Plague in India, 1896, 1897 - Volume 3
Year: 1896
Disease focus: Plague
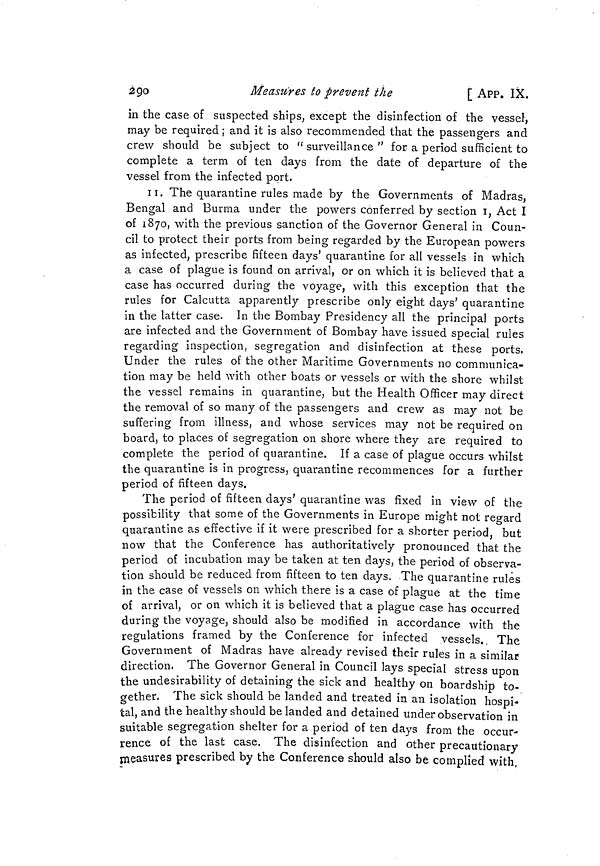
290
Measures to prevent the
[ APP. IX.
in the case of suspected ships, except the disinfection of the vessel,
may be required ; and it is also recommended that the passengers and
crew should be subject to "surveillance" for a period sufficient to
complete a term of ten days from the date of departure of the
vessel from the infected port.
II. The quarantine rules made by the Governments of Madras,
Bengal and Burma under the powers conferred by section I, Act I
of 1870, with the previous sanction of the Governor General in Coun-
cil to protect their ports from being regarded by the European powers
as infected, prescribe fifteen days' quarantine for all vessels in which
a case of plague is found on arrival, or on which it is believed that a
case has occurred during the voyage, with this exception that the
rules for Calcutta apparently prescribe only eight days' quarantine
in the latter case. In the Bombay Presidency all the principal ports
are infected and the Government of Bombay have issued special rules
regarding inspection, segregation and disinfection at these ports,
Under the rules of the other Maritime Governments no communica-
tion may be held with other boats or vessels or with the shore whilst
the vessel remains in quarantine, but the Health Officer may direct
the removal of so many of the passengers and crew as may not be
suffering from illness, and whose services may not be required on
board, to places of segregation on shore where they are required to
complete the period of quarantine. If a case of plague occurs whilst
the quarantine is in progress, quarantine recommences for a further
period of fifteen days.
The period of fifteen days' quarantine was fixed in view of the
possibility that some of the Governments in Europe might not regard
quarantine as effective if it were prescribed for a shorter period, but
now that the Conference has authoritatively pronounced that the
period of incubation may be taken at ten days, the period of observa-
tion should be reduced from fifteen to ten days. The quarantine rules
in the case of vessels on which there is a case of plague at the time
of arrival, or on which it is believed that a plague case has occurred
during the voyage, should also be modified in accordance with the
regulations framed by the Conference for infected vessels. The
Government of Madras have already revised their rules in a similar
direction. The Governor General in Council lays special stress upon
the undesirability of detaining the sick and healthy on boardship to-
gether. The sick should be landed and treated in an isolation hospi-
tal and the healthy should be landed and detained tinder observation in
suitable segregation shelter for a period of ten days from the occur-
rence of the last case. The disinfection and other precautionary
measures prescribed by the Conference should also be complied with,